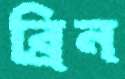
ব্রিন